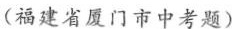
(福建省厦门市中考题)